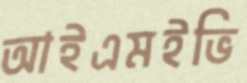
আইএমইভি